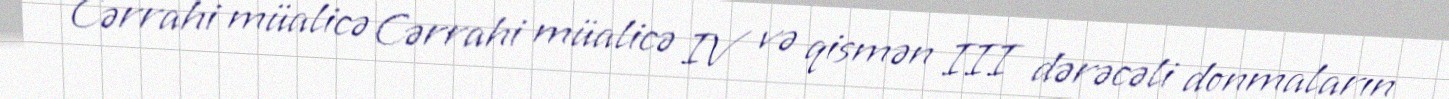
Cərrahi müalicə Cərrahi müalicə IV və qismən III dərəcəli donmaların